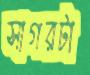
সাগরটা